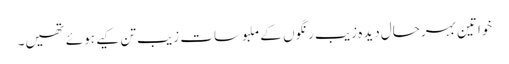
خواتین بہرحال دیدہ زیب رنگوں کے ملبوسات زیب تن کیے ہوئے تھیں۔